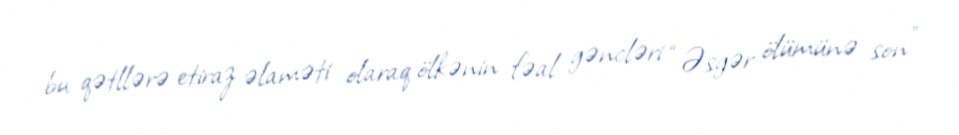
bu qətllərə etiraz əlaməti olaraq ölkənin fəal gəncləri “Əsgər ölümünə son”